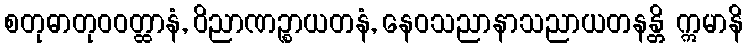
စတုဓာတုဝဝတ္ထာနံ, ဝိညာဏဉ္စာယတနံ, နေဝသညာနာသညာယတနန္တိ ဣမာနိ